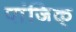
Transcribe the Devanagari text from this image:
पांजिक्